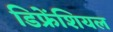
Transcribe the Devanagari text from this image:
डिफ्रेंशियल